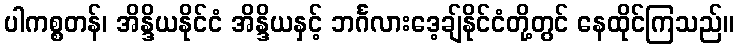
ပါကစ္စတန်၊ အိန္ဒိယနိုင်ငံ အိန္ဒိယနှင့် ဘင်္ဂလားဒေ့ချ်နိုင်ငံတို့တွင် နေထိုင်ကြသည်။